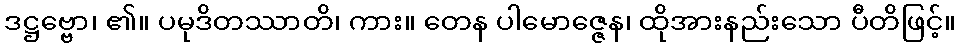
ဒဋ္ဌဗ္ဗော၊ ၏။ ပမုဒိတဿာတိ၊ ကား။ တေန ပါမောဇ္ဇေန၊ ထိုအားနည်းသော ပီတိဖြင့်။